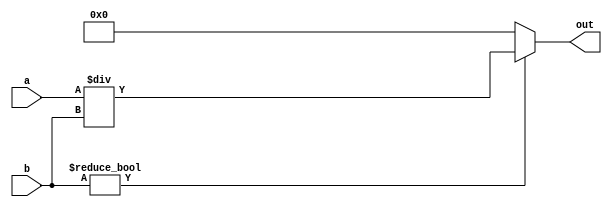
`default_nettype none
`timescale 1ns/1ps
module divider(
    input[7:0] a,
    input[7:0] b,
    output[7:0] out
    );

    // Implementing simple division, quotient only
    // For division by zero, output is zero
    assign out = (b != 0) ? a / b : 8'b0;

endmodule